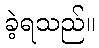
ခဲ့ရသည်။